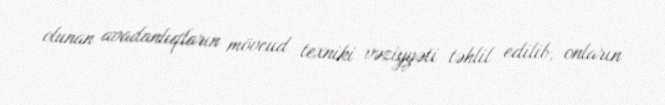
olunan avadanlıqların mövcud texniki vəziyyəti təhlil edilib, onların